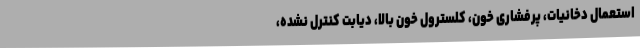
استعمال دخانیات، پرفشاری خون، کلسترول خون بالا، دیابت کنترل نشده،